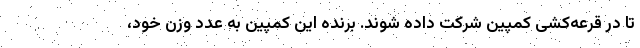
تا در قرعه‌کشی کمپین شرکت داده شوند. برنده این کمپین به عدد وزن خود،